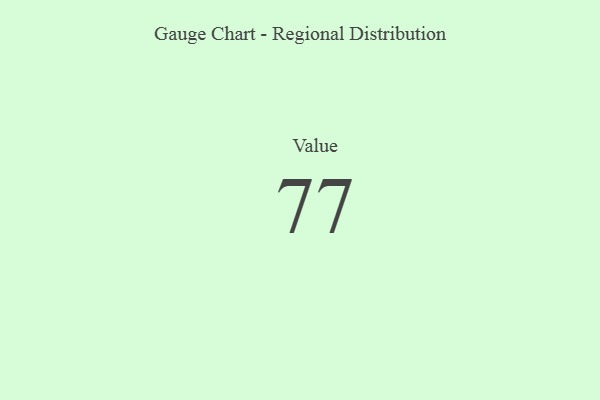
{"axis": {"x": "Metric", "y": "Value"}, "legend": [""], "data": [{"x": "Value", "y": 77, "type": ""}]}